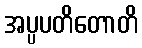
အပ္ပပတိတောတိ